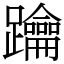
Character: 䠯